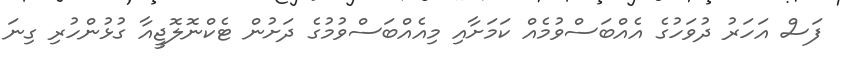
ފަސް އަހަރު ދުވަހުގެ އެއްބަސްވުމެއް ކަމަށާއި މިއެއްބަސްވުމުގެ ދަށުން ޓެކްނޮލޮޖީއާ ގުޅުންހުރި ގިނަ